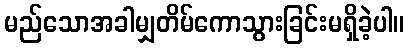
မည်သောအခါမျှတိမ်ကောသွားခြင်းမရှိခဲ့ပါ။